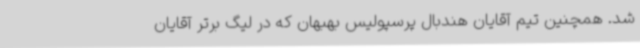
شد. همچنین تیم آقایان هندبال پرسپولیس بهبهان که در لیگ برتر آقایان